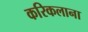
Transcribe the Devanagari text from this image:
करिकलाना